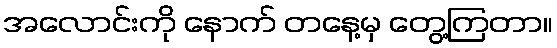
အလောင်းကို နောက် တနေ့မှ တွေ့ကြတာ။